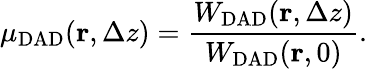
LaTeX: \mu_{\mathrm{DAD}}({\mathbf r},\Delta z)=\frac{W_{\mathrm{DAD}}({\mathbf r},\Delta z)}{W_{\mathrm{DAD}}({\mathbf r},0)}.